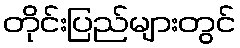
တိုင်းပြည်များတွင်